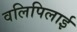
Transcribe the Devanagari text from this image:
वलिपिलाई